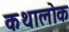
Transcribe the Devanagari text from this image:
कथालोक